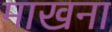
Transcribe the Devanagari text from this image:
माखना